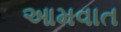
આમવાત